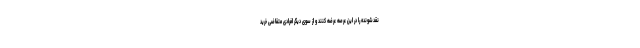
نقدشونده را در این عرصه عرضه کنند و از سوی دیگر افرادی متقاضی خرید